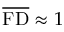
\overline { \mathrm { F D } } \approx 1